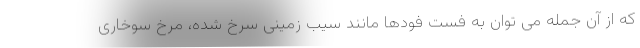
که از آن جمله می توان به فست فودها مانند سیب زمینی سرخ شده، مرخ سوخاری